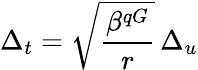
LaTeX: \Delta_{t}=\sqrt{\frac{\beta^{qG}}{r}}\, \Delta_{u}